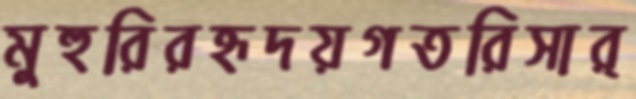
মুহুরিরহৃদয়গতরিসার্